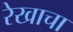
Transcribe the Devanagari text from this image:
रेखाचा